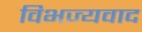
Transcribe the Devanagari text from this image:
विभज्यवाद